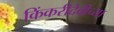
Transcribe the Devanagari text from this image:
किंकरीदेवीच्या